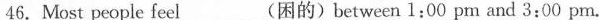
46. Most people feel___(困的)between 1:00 pm and 3:00 pm.